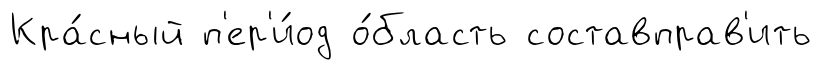
Кра́сный п'ер'и́од о́бласть составправ'ить